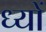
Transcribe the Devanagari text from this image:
ध्यों